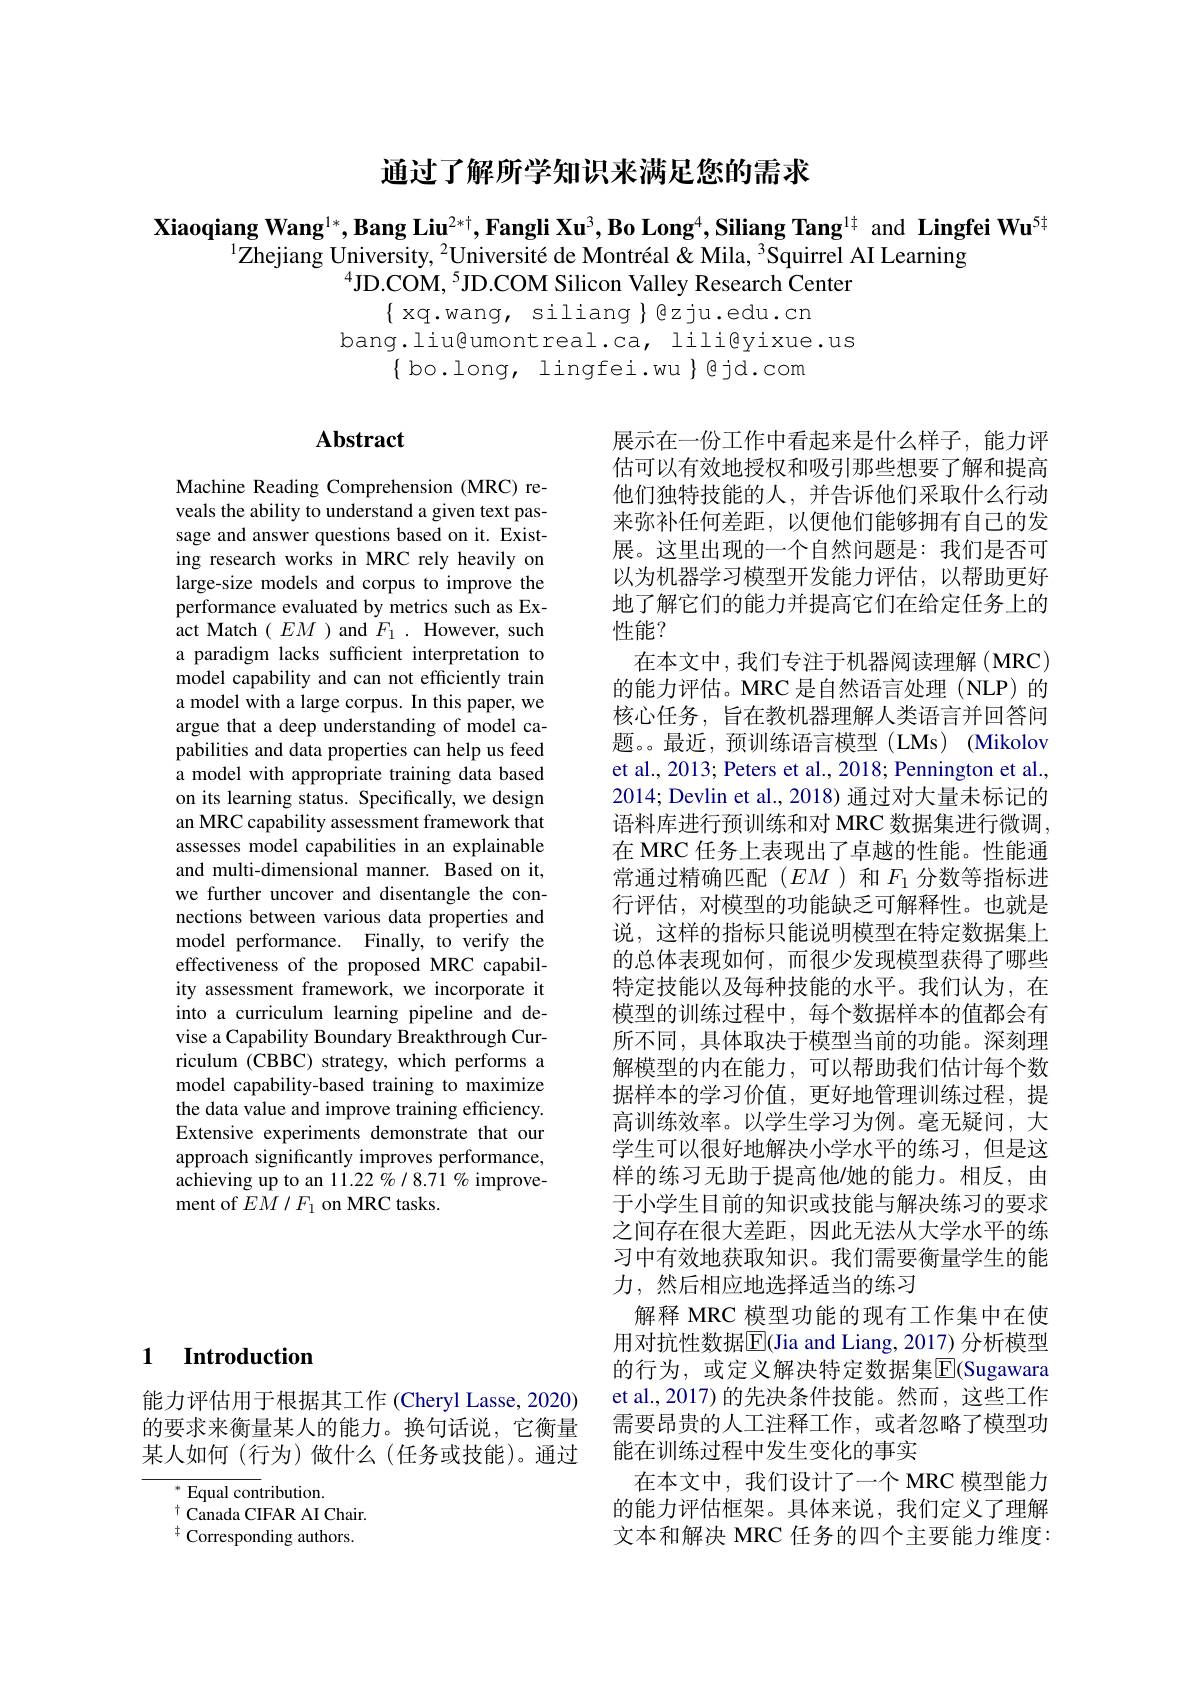
通过了解所学知识来满足您的需求

Xiaoqiang Wang$^1*,\textbf{Bang Liu}^{2*\dagger},\textbf{Fangli Xu}^3,\textbf{Bo Long}^4,\textbf{Siliang Tang}^{1\dagger}$ and Lingfei Wu$^5\sharp$
$^{1}$Zhejiang University, $^2$Université de Montréal & Mila, $^3$Squirrel AI Learning
$^{4}$JD.COM, $^{5}$JD.COM Silicon Valley Research Center

$\{$ xq.wang, siliang $\}$ ezju.edu.cn
bang.liu@umontreal.ca, lili@yixue.us
$\{$ bo.long, lingfei.wu $\}$ gjd.com

# Abstract

Machine Reading Comprehension (MRC) reveals the ability to understand a given text passage and answer questions based on it. Existing research works in MRC rely heavily on large-size models and corpus to improve the performance evaluated by metrics such as Exact Match $(EM)$ and $F_1.$ However, such a paradigm lacks sufficient interpretation to model capability and can not efficiently train a model with a large corpus. In this paper, we argue that a deep understanding of model capabilities and data properties can help us feed a model with appropriate training data based on its learning status. Specifically, we design an MRC capability assessment framework that assesses model capabilities in an explainable and multi-dimensional manner. Based on it, we further uncover and disentangle the connections between various data properties and model performance. Finally, to verify the effectiveness of the proposed MRC capability assessment framework, we incorporate it into a curriculum learning pipeline and devise a Capability Boundary Breakthrough Curriculum (CBBC) strategy, which performs a model capability-based training to maximize the data value and improve training efficiency. Extensive experiments demonstrate that our approach significantly improves performance, achieving up to an 11.22 $\hat{o}_{6}/8.7\hat{1}$ % improvement of $EM/F_{1}$ on MRC tasks.

展示在一份工作中看起来是什么样子，能力评估可以有效地授权和吸引那些想要了解和提高他们独特技能的人，并告诉他们采取什么行动来弥补任何差距，以便他们能够拥有自己的发展。这里出现的一个自然问题是：我们是否可以为机器学习模型开发能力评估，以帮助更好地了解它们的能力并提高它们在给定任务上的性能？
在本文中，我们专注于机器阅读理解(MRC) 的能力评估。MRC 是自然语言处理(NLP)的核心任务，旨在教机器理解人类语言并回答问题。最近，预训练语言模型(LMs) (Mikolov et al., 2013; Peters et al., 2018; Pennington et al., 2014; Devlin et al., 2018) 通过对大量未标记的语料库进行预训练和对 MRC 数据集进行微调在 MRC 任务上表现出了卓越的性能。性能通常通过精确匹配($EM$)和$F_1$分数等指标进行评估，对模型的功能缺乏可解释性。也就是说，这样的指标只能说明模型在特定数据集上的总体表现如何，而很少发现模型获得了哪些特定技能以及每种技能的水平。我们认为，在模型的训练过程中，每个数据样本的值都会有所不同，具体取决于模型当前的功能。深刻理解模型的内在能力，可以帮助我们估计每个数据样本的学习价值，更好地管理训练过程，提高训练效率。以学生学习为例。毫无疑问，大学生可以很好地解决小学水平的练习，但是这样的练习无助于提高他/她的能力。相反，由于小学生目前的知识或技能与解决练习的要求之间存在很大差距，因此无法从大学水平的练习中有效地获取知识。我们需要衡量学生的能力，然后相应地选择适当的练习
解释 MRC 模型功能的现有工作集中在使用对抗性数据$\overline{\mathrm{E}}$(Jia and Liang, 2017) 分析模型的行为，或定义解决特定数据集$\overline{\mathrm{E}}($Sugawara et al.,2017) 的先决条件技能。然而，这些工作需要昂贵的人工注释工作，或者忽略了模型功能在训练过程中发生变化的事实
在本文中，我们设计了一个 MRC 模型能力的能力评估框架。具体来说，我们定义了理解文本和解决 MRC 任务的四个主要能力维度

### 1 $\textbf{Introduction}$

能力评估用于根据其工作 (Cheryl Lasse, 2020) 的要求来衡量某人的能力。换句话说，它衡量某人如何(行为)做什么(任务或技能)。通过

${^*{\mathrm{Equal~contribution.}}}$
$^{\dagger}$Canada CIFAR AI Chair. $^{\ddagger}$ Corresponding authors.